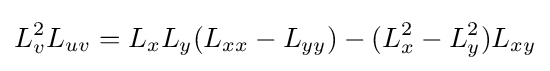
L_{v}^{2}L_{uv}=L_{x}L_{y}(L_{xx}-L_{yy})-(L_{x}^{2}-L_{y}^{2})L_{xy}